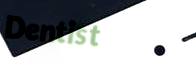
Dentist